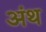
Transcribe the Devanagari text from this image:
अंथ